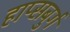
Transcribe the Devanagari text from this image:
हाप्सबुर्ग